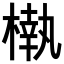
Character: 𣙀